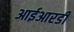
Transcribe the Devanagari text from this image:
आईआरडी